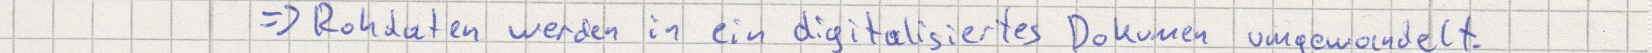
=> Rohdaten werden in ein digitalisiertes Dokumen umgewandelt.